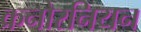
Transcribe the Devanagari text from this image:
क्रनोरनियन